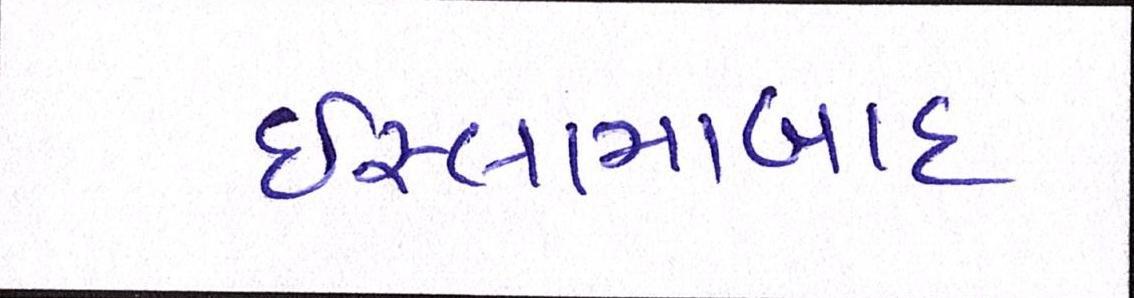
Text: ઇસ્લામાબાદ